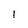
Character: l